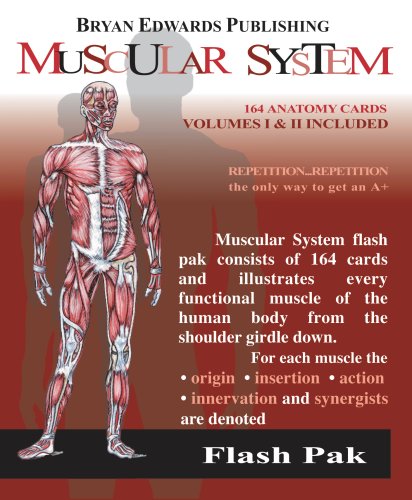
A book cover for The Muscular System (Flash Paks/Volumes 1 and 2); Flash Anatomy; Medical Books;